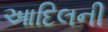
આદિલની